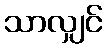
သာလျှင်